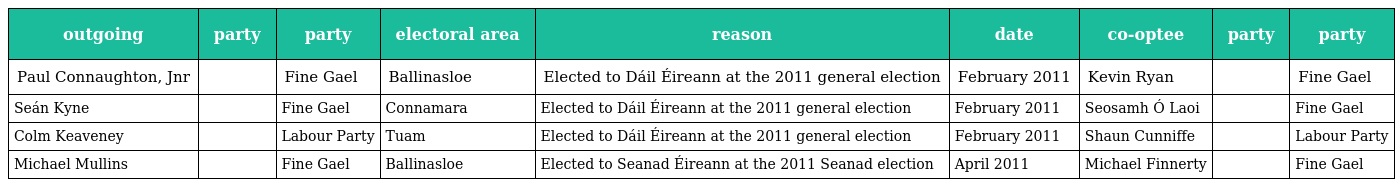
| outgoing | party | party | electoral area | reason | date | co-optee | party | party |
 | --- | --- | --- | --- | --- | --- | --- | --- | --- |
 | Paul Connaughton, Jnr |  | Fine Gael | Ballinasloe | Elected to Dáil Éireann at the 2011 general election | February 2011 | Kevin Ryan |  | Fine Gael |
 | Seán Kyne |  | Fine Gael | Connamara | Elected to Dáil Éireann at the 2011 general election | February 2011 | Seosamh Ó Laoi |  | Fine Gael |
 | Colm Keaveney |  | Labour Party | Tuam | Elected to Dáil Éireann at the 2011 general election | February 2011 | Shaun Cunniffe |  | Labour Party |
 | Michael Mullins |  | Fine Gael | Ballinasloe | Elected to Seanad Éireann at the 2011 Seanad election | April 2011 | Michael Finnerty |  | Fine Gael |